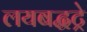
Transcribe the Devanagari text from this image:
लयबद्धट्रे